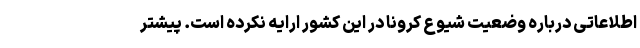
اطلاعاتی درباره وضعیت شیوع کرونا در این کشور ارایه نکرده است. پیشتر